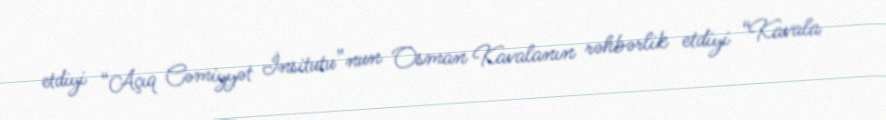
etdiyi “Açıq Cəmiyyət İnsitutu”nun Osman Kavalanın rəhbərlik etdiyi “Kavala